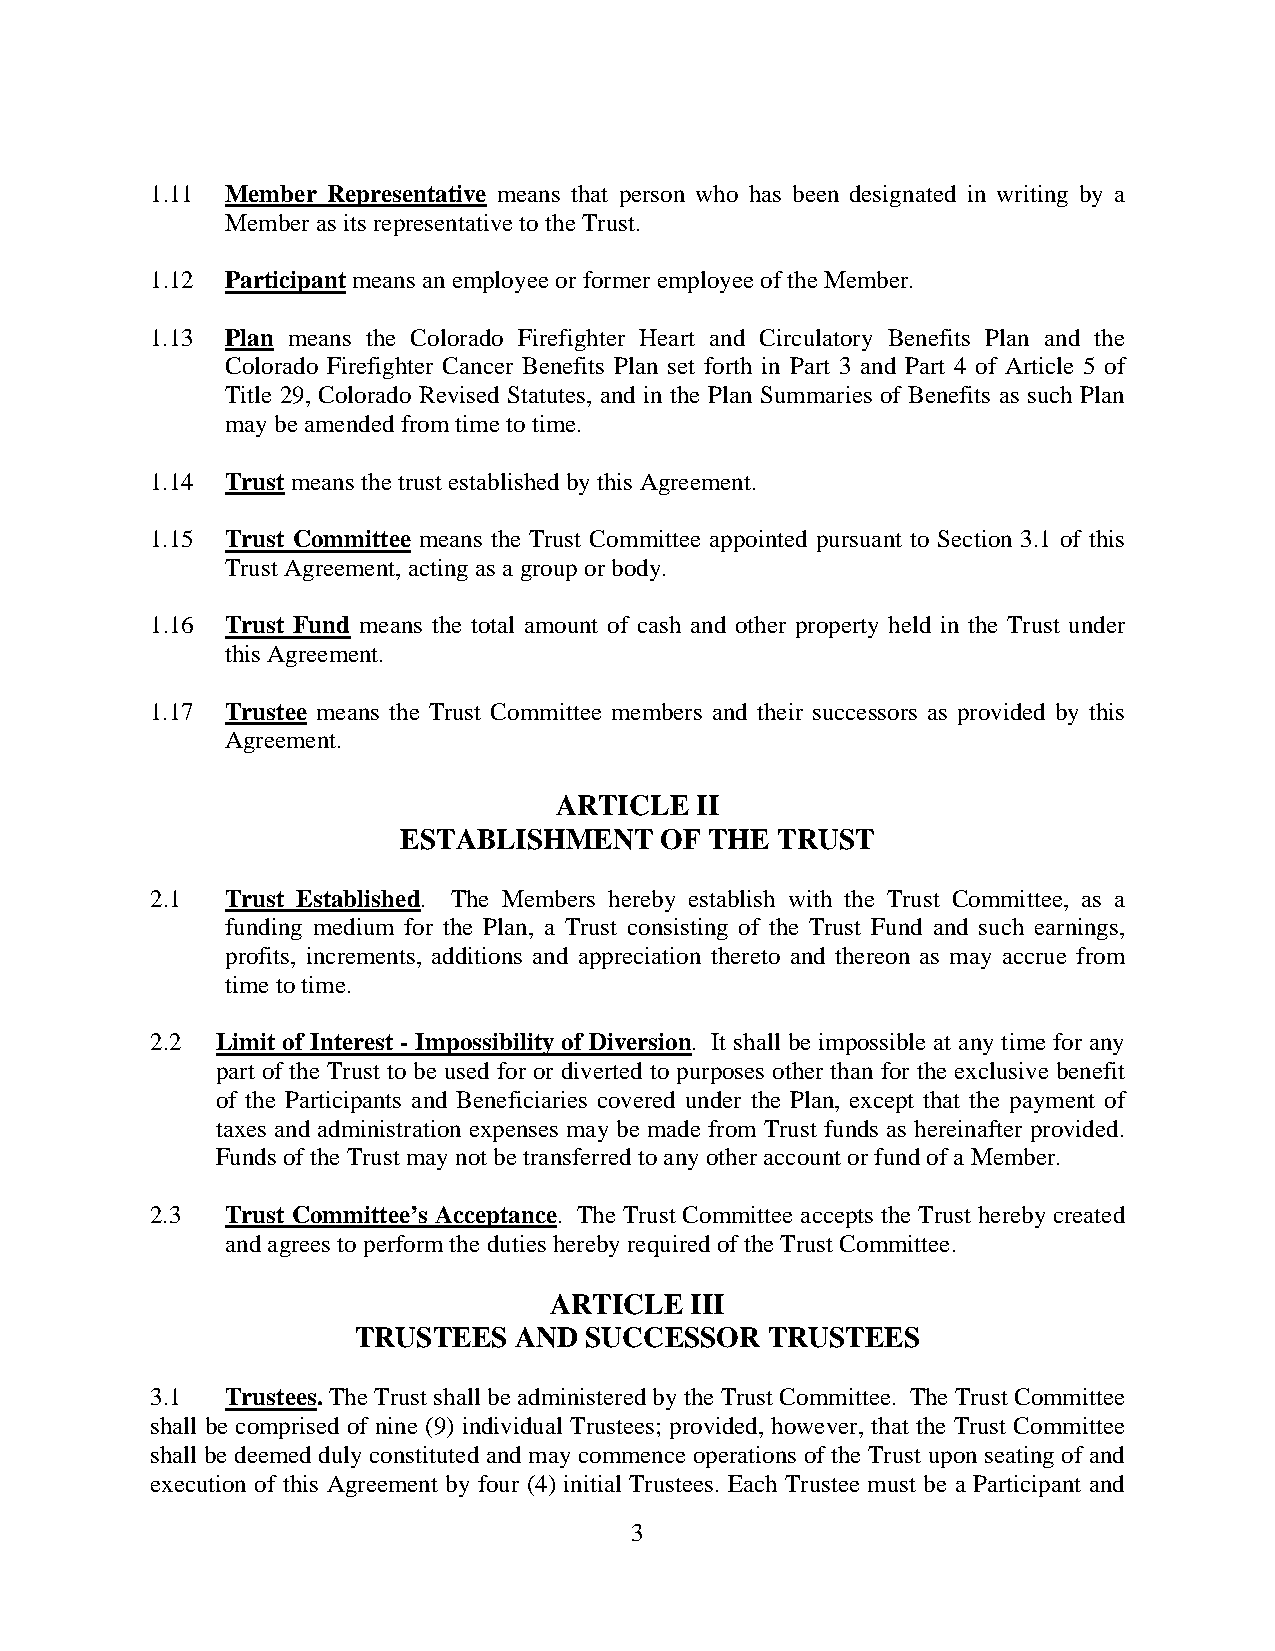
1.11 Member Representative means that person who has been designated in writing by a
 Member as its representative to the Trust.
 1.12 Participant means an employee or former employee of the Member.
 1.13 Plan means the Colorado Firefighter Heart and Circulatory Benefits Plan and the
 Colorado Firefighter Cancer Benefits Plan set forth in Part 3 and Part 4 of Article 5 of
 Title 29, Colorado Revised Statutes, and in the Plan Summaries of Benefits as such Plan
 may be amended from time to time.
 1.14 Trust means the trust established by this Agreement.
 1.15 Trust Committee means the Trust Committee appointed pursuant to Section 3.1 of this
 Trust Agreement, acting as a group or body.
 1.16 Trust Fund means the total amount of cash and other property held in the Trust under
 this Agreement.
 1.17 Trustee means the Trust Committee members and their successors as provided by this
 Agreement.
 ARTICLE  II
 ESTABLISHMENT    OF THE TRUST
 2.1  Trust Established. The Members hereby establish with the Trust Committee, as a
 funding medium for the Plan, a Trust consisting of the Trust Fund and such earnings,
 profits, increments, additions and appreciation thereto and thereon as may accrue from
 time to time.
 2.2 Limit of Interest - Impossibility of Diversion. It shall be impossible at any time for any
 part of the Trust to be used for or diverted to purposes other than for the exclusive benefit
 of the Participants and Beneficiaries covered under the Plan, except that the payment of
 taxes and administration expenses may be made from Trust funds as hereinafter provided.
 Funds of the Trust may not be transferred to any other account or fund of a Member.
 2.3  Trust Committee’s Acceptance. The Trust Committee accepts the Trust hereby created
 and agrees to perform the duties hereby required of the Trust Committee.
 ARTICLE   III
 TRUSTEES  AND  SUCCESSOR   TRUSTEES
 3.1  Trustees. The Trust shall be administered by the Trust Committee. The Trust Committee
 shall be comprised of nine (9) individual Trustees; provided, however, that the Trust Committee
 shall be deemed duly constituted and may commence operations of the Trust upon seating of and
 execution of this Agreement by four (4) initial Trustees. Each Trustee must be a Participant and
 3